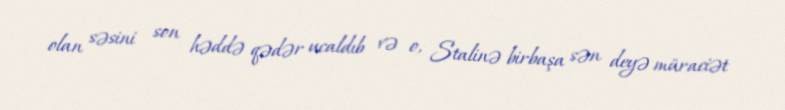
olan səsini son həddə qədər ucaldıb və o, Stalinə birbaşa sən deyə müraciət